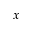
x